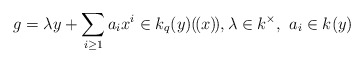
\begin{align*}g = \lambda y + \sum_{i \geq 1}a_i x^i \in k_q(y)(\!(x)\!), \lambda \in k^{\times},\ a_i \in k(y)\end{align*}